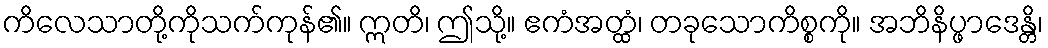
ကိလေသာတို့ကိုသက်ကုန်၏။ ဣတိ၊ ဤသို့။ ဧကံအတ္ထံ၊ တခုသောကိစ္စကို။ အဘိနိပ္ဖာဒေန္တိ၊